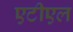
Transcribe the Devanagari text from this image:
एटीएल